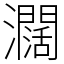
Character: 𤄃